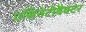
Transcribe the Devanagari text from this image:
एसिनेटोबैक्टर